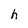
Character: h